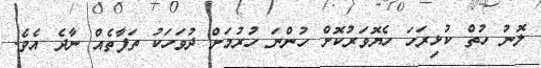
ލޮނު ހުތް ކުޅިރަހަ ހެޔޮވަރުކޮށް ހުންނަ ހުރުމަށް ދުވަހަކު ތަފާތެއް ނާދެ އެވެ.